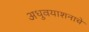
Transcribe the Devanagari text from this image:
अधुवयाशनाचे